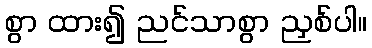
စွာ ထား၍ ညင်သာစွာ ညှစ်ပါ။